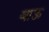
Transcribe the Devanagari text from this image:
बाऊ